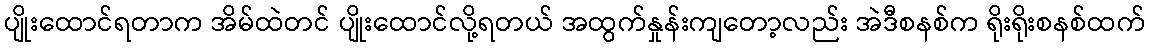
ပျိုးထောင်ရတာက အိမ်ထဲတင် ပျိုးထောင်လို့ရတယ် အထွက်နှုန်းကျတော့လည်း အဲဒီစနစ်က ရိုးရိုးစနစ်ထက်